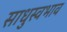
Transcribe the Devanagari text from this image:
साधुस्वभाव